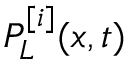
P _ { L } ^ { [ i ] } ( x , t )